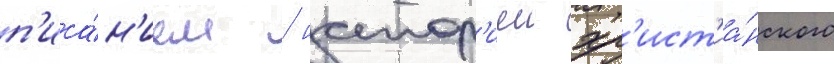
п'иса́н'ием / истор'иеи хр'ист'иа́нского